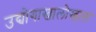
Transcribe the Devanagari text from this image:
उद्योगाखालोखाल